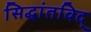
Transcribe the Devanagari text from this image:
सिद्धांतविद्